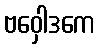
ဗဝှေါဒကေ